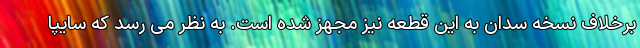
برخلاف نسخه سدان به این قطعه نیز مجهز شده است. به نظر می رسد که سایپا